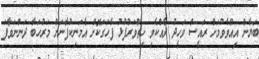
ބަޔާން އިއްވެވުމަށް ރައީސް ވަހީދު ދެއްކެވި ހިތްވަރުފުޅު ފާހަގަކޮށް އެމަނިކުފާނަށް މަރުހަބާ ދަންނަވާފަ